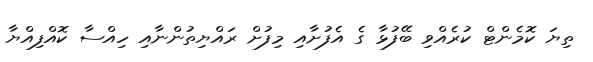
ތިޔަ ކޮމެންޓް ކުރެއްވި ބޭފުޅާ ގެ އެފުށާއި މިފުށް ރައްޔިތުންނާއި ހިއްސާ ކޮއްފިއްޔާ